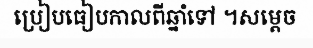
ប្រៀបធៀបកាលពីឆ្នាំទៅ ។សម្តេច